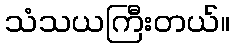
သံသယကြီးတယ်။